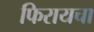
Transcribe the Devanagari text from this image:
फिरायचा